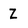
Character: Z